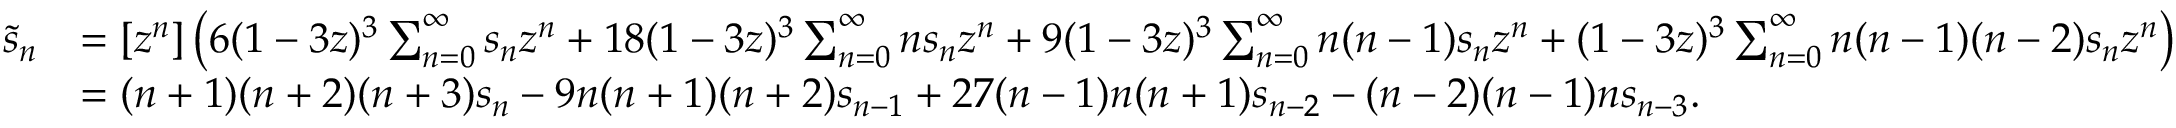
{ \begin{array} { r l } { { \tilde { s } } _ { n } } & { = [ z ^ { n } ] \left( 6 ( 1 - 3 z ) ^ { 3 } \sum _ { n = 0 } ^ { \infty } s _ { n } z ^ { n } + 1 8 ( 1 - 3 z ) ^ { 3 } \sum _ { n = 0 } ^ { \infty } n s _ { n } z ^ { n } + 9 ( 1 - 3 z ) ^ { 3 } \sum _ { n = 0 } ^ { \infty } n ( n - 1 ) s _ { n } z ^ { n } + ( 1 - 3 z ) ^ { 3 } \sum _ { n = 0 } ^ { \infty } n ( n - 1 ) ( n - 2 ) s _ { n } z ^ { n } \right) } \\ & { = ( n + 1 ) ( n + 2 ) ( n + 3 ) s _ { n } - 9 n ( n + 1 ) ( n + 2 ) s _ { n - 1 } + 2 7 ( n - 1 ) n ( n + 1 ) s _ { n - 2 } - ( n - 2 ) ( n - 1 ) n s _ { n - 3 } . } \end{array} }